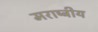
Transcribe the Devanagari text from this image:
मराष्ट्रीय